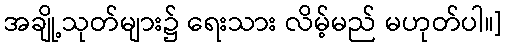
အချို့သုတ်များ၌ ရေးသား လိမ့်မည် မဟုတ်ပါ။]